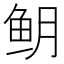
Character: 𬶈